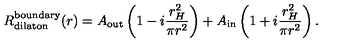
R _ { \mathrm { d i l a t o n } } ^ { \mathrm { b o u n d a r y } } ( r ) = A _ { \mathrm { o u t } } \left( 1 - i \frac { r _ { H } ^ { 2 } } { \pi r ^ { 2 } } \right) + A _ { \mathrm { i n } } \left( 1 + i \frac { r _ { H } ^ { 2 } } { \pi r ^ { 2 } } \right) .